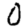
Digit: 0